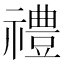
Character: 禮